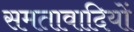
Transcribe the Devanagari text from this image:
समतावादियों